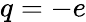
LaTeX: q=-e